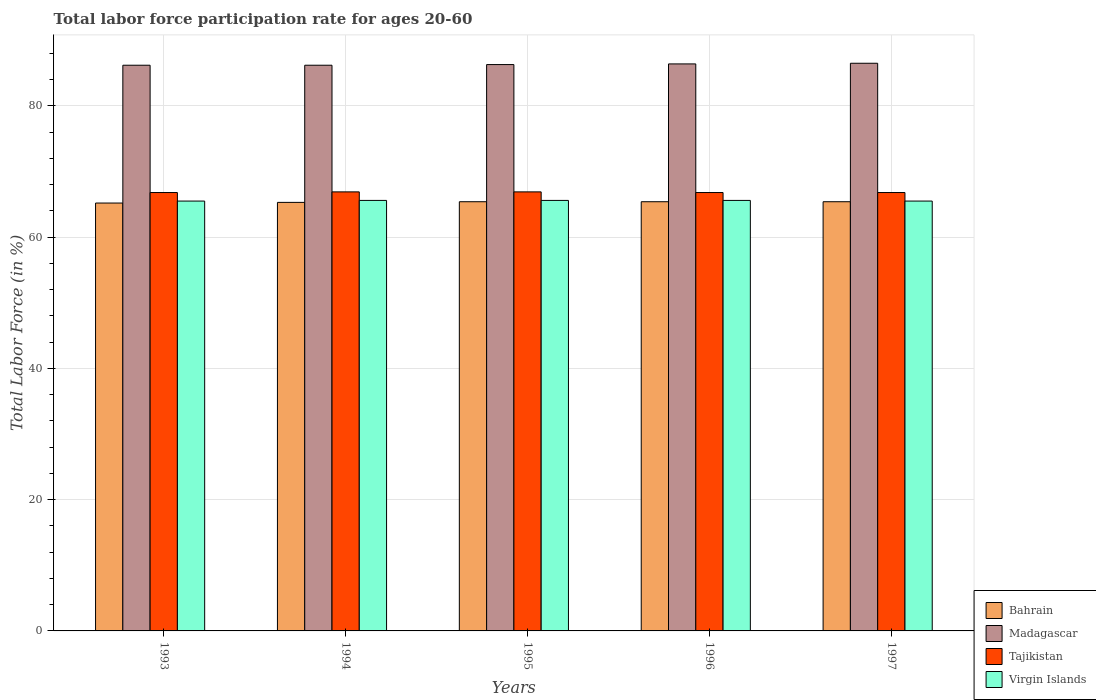
| Years | Bahrain | Madagascar | Tajikistan | Virgin Islands |
 | --- | --- | --- | --- | --- |
 | 1993 | 65.2 | 86.2 | 66.8 | 65.5 |
 | 1994 | 65.3 | 86.2 | 66.9 | 65.6 |
 | 1995 | 65.4 | 86.3 | 66.9 | 65.6 |
 | 1996 | 65.4 | 86.4 | 66.8 | 65.6 |
 | 1997 | 65.4 | 86.5 | 66.8 | 65.5 |